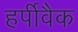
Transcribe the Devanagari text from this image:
हर्पीवैक